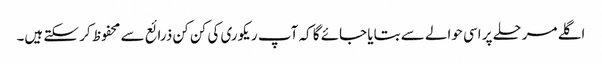
اگلے مرحلے پر اسی حوالے سے بتایا جائے گا کہ آپ ریکوری کی کن کن ذرائع سے محفوظ کر سکتے ہیں۔